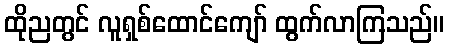
ထိုညတွင် လူရှစ်ထောင်ကျော် ထွက်လာကြသည်။